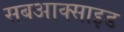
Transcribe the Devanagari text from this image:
सबआक्साइड